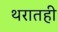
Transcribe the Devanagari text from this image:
थरातही